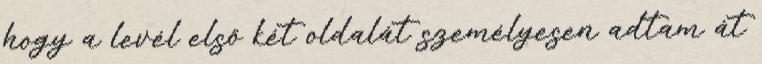
hogy a levél első két oldalát személyesen adtam át